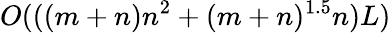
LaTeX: {O}(((m+n)n^{2}+(m+n)^{1.5}n)L)